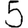
Digit: 5